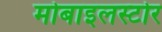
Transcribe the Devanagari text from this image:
मोबाइलस्टोर